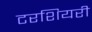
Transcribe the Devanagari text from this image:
टरशियरी